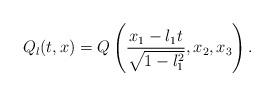
LaTeX: \begin{align*}Q_l(t,x) = Q\left(\frac{x_1 - l_1 t}{\sqrt{1-l_1^2}}, x_2, x_3\right).\end{align*}